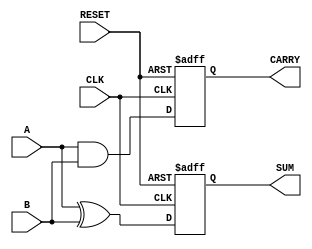
module sequential_half_adder (
    input wire A,           // First input bit
    input wire B,           // Second input bit
    input wire CLK,         // Clock input
    input wire RESET,       // Asynchronous reset input
    output reg SUM,         // Sum output
    output reg CARRY        // Carry output
);

    // Intermediate signals for the sum and carry
    reg sum_next;
    reg carry_next;

    // Combinational logic to compute the next state
    always @(*) begin
        sum_next = A ^ B;     // SUM = A XOR B
        carry_next = A & B;   // CARRY = A AND B
    end

    // Sequential logic to store the state
    always @(posedge CLK or posedge RESET) begin
        if (RESET) begin
            SUM <= 1'b0;       // Reset SUM to 0
            CARRY <= 1'b0;     // Reset CARRY to 0
        end else begin
            SUM <= sum_next;   // Update SUM with the next state
            CARRY <= carry_next; // Update CARRY with the next state
        end
    end

endmodule